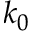
k _ { 0 }